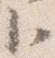
臣